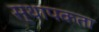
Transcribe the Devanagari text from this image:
स्थापकता